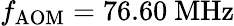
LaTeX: f_{\mathrm{AOM}}=76.60~\mathrm{MHz}